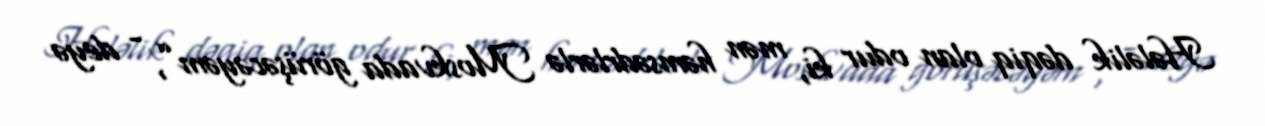
Hələlik dəqiq olan odur ki, mən həmsədrlərlə Moskvada görüşəcəyəm”, - deyə